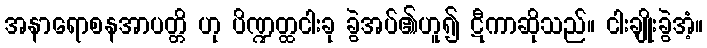
အနာရောစနအာပတ္တိ ဟု ပိဏ္ဍတ္ထငါးခု ခွဲအပ်၏ဟူ၍ ဋီကာဆိုသည်။ ငါးချိုးခွဲအံ့။